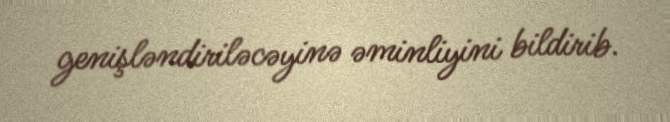
genişləndiriləcəyinə əminliyini bildirib.